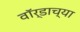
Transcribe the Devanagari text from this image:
वॉर्डाच्या